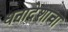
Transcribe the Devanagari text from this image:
धनादेशाचा